Annual report of the Prince of Wales Medical College, Patna
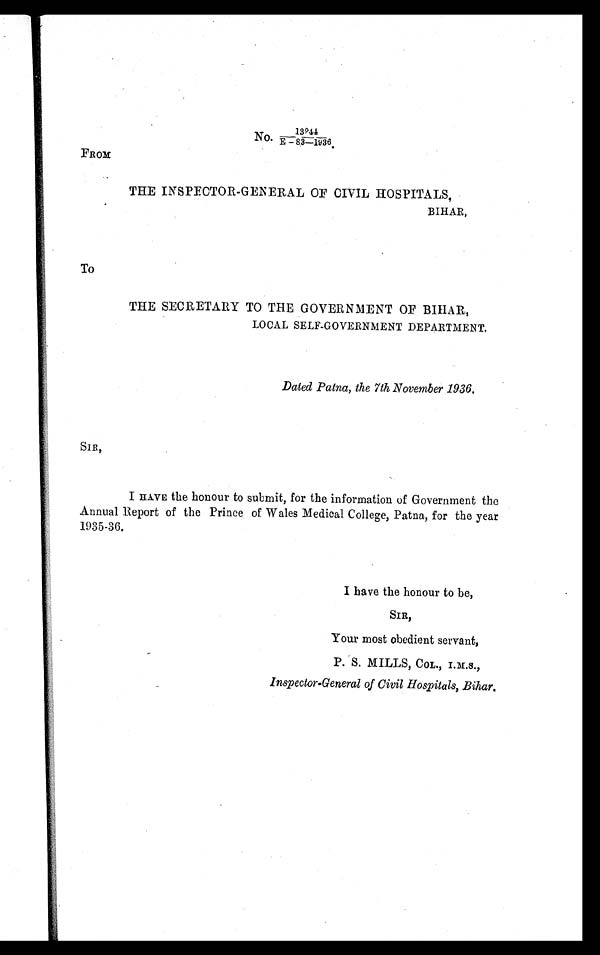
13944
No. E - 83—1936.
FROM
THE INSPECTOR-GENERAL OF CIVIL HOSPITALS,
BIHAR,
TO
THE SECRETARY TO THE GOVERNMENT OF BIHAR,
LOCAL SELF-GOVERNMENT DEPARTMENT.
Dated Patna, the 7th November 1936.
SIR,
I HAVE the honour to submit, for the information of Government the
Annual Report of the Prince of Wales Medical College, Patna, for the year
1935-36.
I have the honour to be,
SIR,
Your most obedient servant,
P. S. MILLS, COL., I .M.S.,
Inspector-General of Civil Hospitals, Bihar.